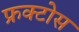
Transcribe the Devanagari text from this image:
फ्रक्टोस